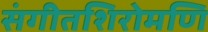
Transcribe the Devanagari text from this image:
संगीतशिरोमणि